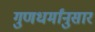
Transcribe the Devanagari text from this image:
गुणधर्मांनुसार